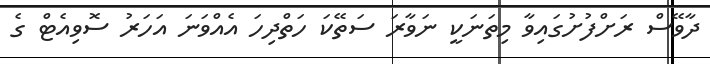
ދާވޭސް ރަށްފުށުގައިވާ މިތަނަކީ ނަވާރަ ސަތޭކަ ހަތްދިހަ އެއްވަނަ އަހަރު ސޮވިއެޓް ގެ